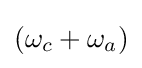
(\omega _{c}+\omega _{a})